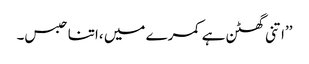
’’اتنی گھٹن ہے کمرے میں ،اتنا حبس۔